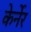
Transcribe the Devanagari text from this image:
केर्नेर